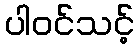
ပါဝင်သင့်